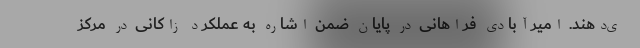
ی‌دهند. امیرآبادی فراهانی در پایان ضمن اشاره به عملکرد زاکانی در مرکز